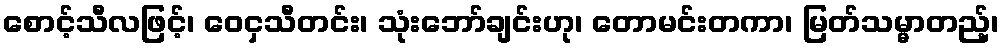
စောင့်သီလဖြင့်၊ ဝေငှသီတင်း၊ သုံးဘော်ချင်းဟု၊ တောမင်းတကာ၊ မြတ်သမ္မာတည့်၊